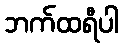
ဘက်ထရီပါ